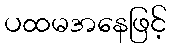
ပထမအနေဖြင့်